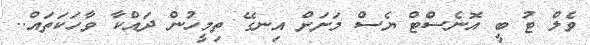
ވެލް ޓު ބީ އޮނެސްޓް ޔެސް މަށަށް އިނގޭ ތިމީހުން ދައްކާ ވާހަކަތައް..